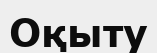
Оқыту